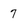
Character: 7